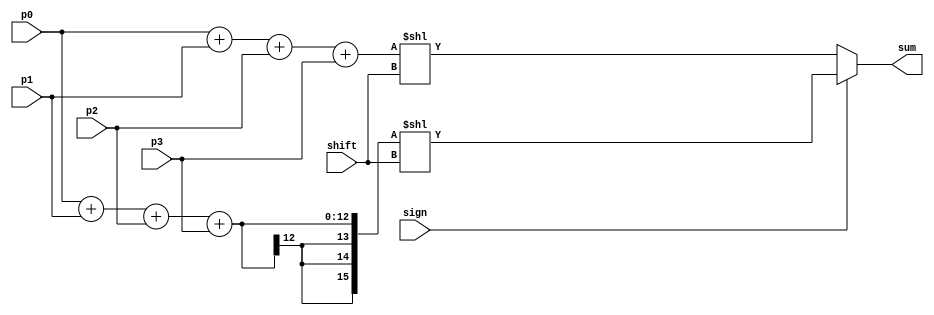
module fusion_subunit (
    input [9:0] p0,
    input [9:0] p1,
    input [9:0] p2,
    input [9:0] p3,
    input [3:0] shift,
    input sign,
    output [15:0] sum
    );

    wire [15:0] sign_shift;
    assign sign_shift = (($signed(p0) << 5) >>> 5) + 
                        (($signed(p1) << 5) >>> 5) + 
                        (($signed(p2) << 5) >>> 5) + 
                        (($signed(p3) << 5) >>> 5);
    assign sum = sign ? sign_shift << shift : (p0 + p1 + p2 + p3) << shift;

endmodule